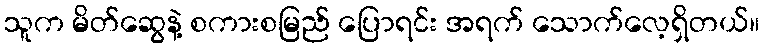
သူက မိတ်ဆွေနဲ့ စကားစမြည် ပြောရင်း အရက် သောက်လေ့ရှိတယ်။